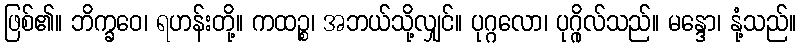
ဖြစ်၏။ ဘိက္ခဝေ၊ ရဟန်းတို့။ ကထဉ္စ၊ အဘယ်သို့လျှင်။ ပုဂ္ဂလော၊ ပုဂ္ဂိုလ်သည်။ မန္ဒော၊ နုံ့သည်။